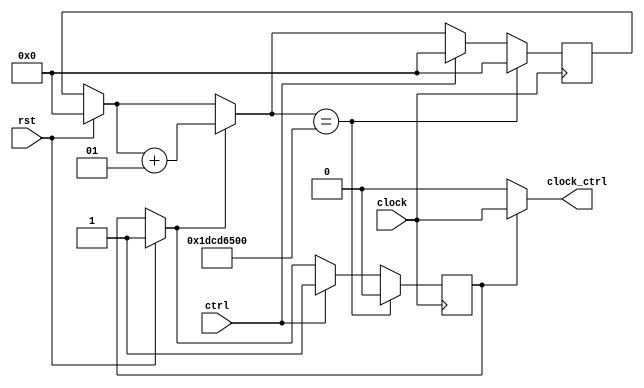
module mono(clock, ctrl, clock_ctrl,rst);
input clock, ctrl;
output clock_ctrl;
input rst;

reg saida;
integer contador;

assign clock_ctrl = saida ? clock : 1'b0;

initial
	begin
		saida=0;
		contador=0;
	end
	
always @(posedge clock)
	begin

		if(rst)
			begin
				contador=0;
				saida=1;
			end
		
		if(saida)
			contador=contador+1;
		
		if(contador == 500000000)  //10 segundos
			begin
				saida=0;
				contador=0;
			end
		else
			if(ctrl)
				begin
					saida=1;
					contador = 0;
				end
	end
	
endmodule